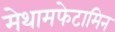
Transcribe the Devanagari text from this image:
मेथामफेटामिन